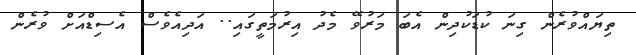
ތިޔައްވުރެން ގިނަ ކުޑަކުދިން އެބަ މަރުވޭ މެދު އިރުމަތީގައި.. އަދިއެވެސް އެސިޑްއަށް ވުރެން